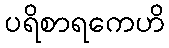
ပရိစာရကေဟိ